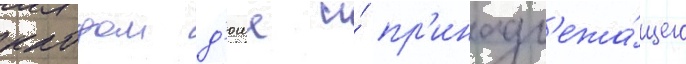
клодом д'юше и́ пр'инадл'ежа́щего